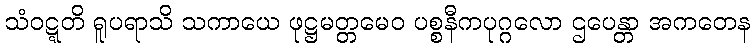
သံဝဋ္ဋတိ ရူပရာသိ သကာယေ ဖုဋ္ဌမတ္တမေဝ ပစ္စနီကပုဂ္ဂလော ဌပေန္တာ အကတေန